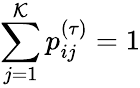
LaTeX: \sum_{j=1}^{\mathcal{K}}p_{ij}^{(\tau)}=1